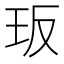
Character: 𭸸